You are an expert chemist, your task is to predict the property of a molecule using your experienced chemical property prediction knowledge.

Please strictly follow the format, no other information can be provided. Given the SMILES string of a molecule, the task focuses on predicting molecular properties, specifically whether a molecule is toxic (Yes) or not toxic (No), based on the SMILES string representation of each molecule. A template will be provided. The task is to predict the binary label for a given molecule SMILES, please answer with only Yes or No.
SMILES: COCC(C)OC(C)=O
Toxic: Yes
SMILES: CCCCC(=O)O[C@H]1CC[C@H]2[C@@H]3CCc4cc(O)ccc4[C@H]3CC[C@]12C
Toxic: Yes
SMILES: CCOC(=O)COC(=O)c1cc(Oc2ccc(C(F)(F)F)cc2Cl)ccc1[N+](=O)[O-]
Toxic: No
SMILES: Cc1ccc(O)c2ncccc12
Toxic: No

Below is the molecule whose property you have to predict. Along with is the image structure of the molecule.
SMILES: CO/N=C(\C(=O)O)c1csc(NC(=O)CCl)n1
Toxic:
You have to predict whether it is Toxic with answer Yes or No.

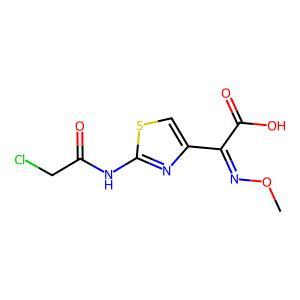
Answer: No